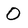
Character: 0